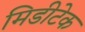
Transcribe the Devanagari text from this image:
मिडीटेक